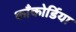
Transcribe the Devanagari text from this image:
काँकोर्डिया